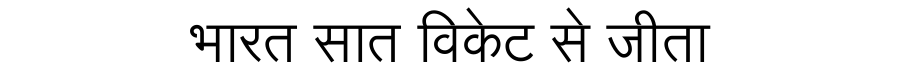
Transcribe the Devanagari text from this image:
भारत सात विकेट से जीता